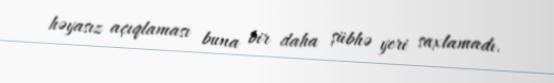
həyasız açıqlaması buna bir daha şübhə yeri saxlamadı.